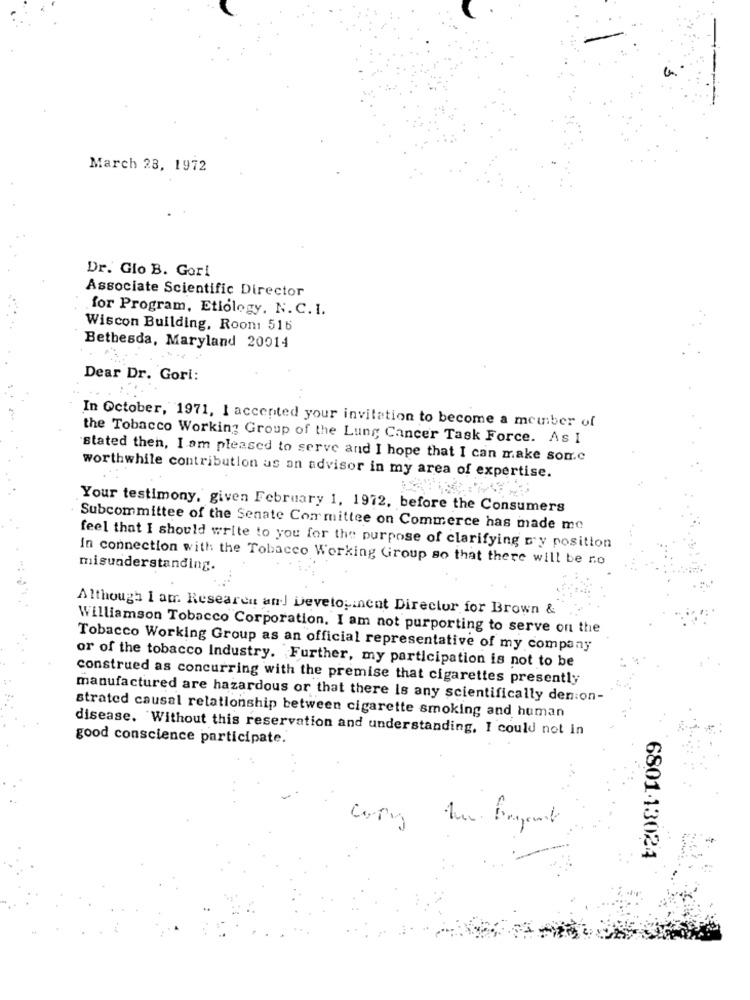
March 28, 1972
Dr. Glo B. Gori
Associate Scientific Director
for Program, Etiology, N. C. I.
Wiscon Building, Roon: 516
Bethesda, Maryland 20014
Dear Dr. Gori:
In October, 1971, I accented your invitation to become a member of
the Tobacco Working Group of the Lung Cancer Task Force. As I
stated then, I am pleased to serve and I hope that I can make som.c
worthwhile contribution as an advisor in my area of expertise.
Your testimony, given February 1, 1972, before the Consumers
Subcommittee of the Senate Committee on Commerce has made me
feel that I should write to you for the purpose of clarifying cy position
In connection with the Tobacco Working Group so that there will be no
misunderstanding.
Although I am Researen an] Deveto,incnt Director for Brown &
Williamson Tobacco Corporation. I am not purporting to serve on the
Tobacco Working Group as an official representative of my company
or of the tobacco Industry. Further, my participation is not to be
construed as concurring with the premise that cigarettes presently
manufactured are hazardous or that there Is any scientifically den on-
strated causal relationship between cigarette smoking and human
disease. Without this reservation and understanding, I could not in
good conscience participate.
680113024